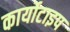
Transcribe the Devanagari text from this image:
कार्योटाइप